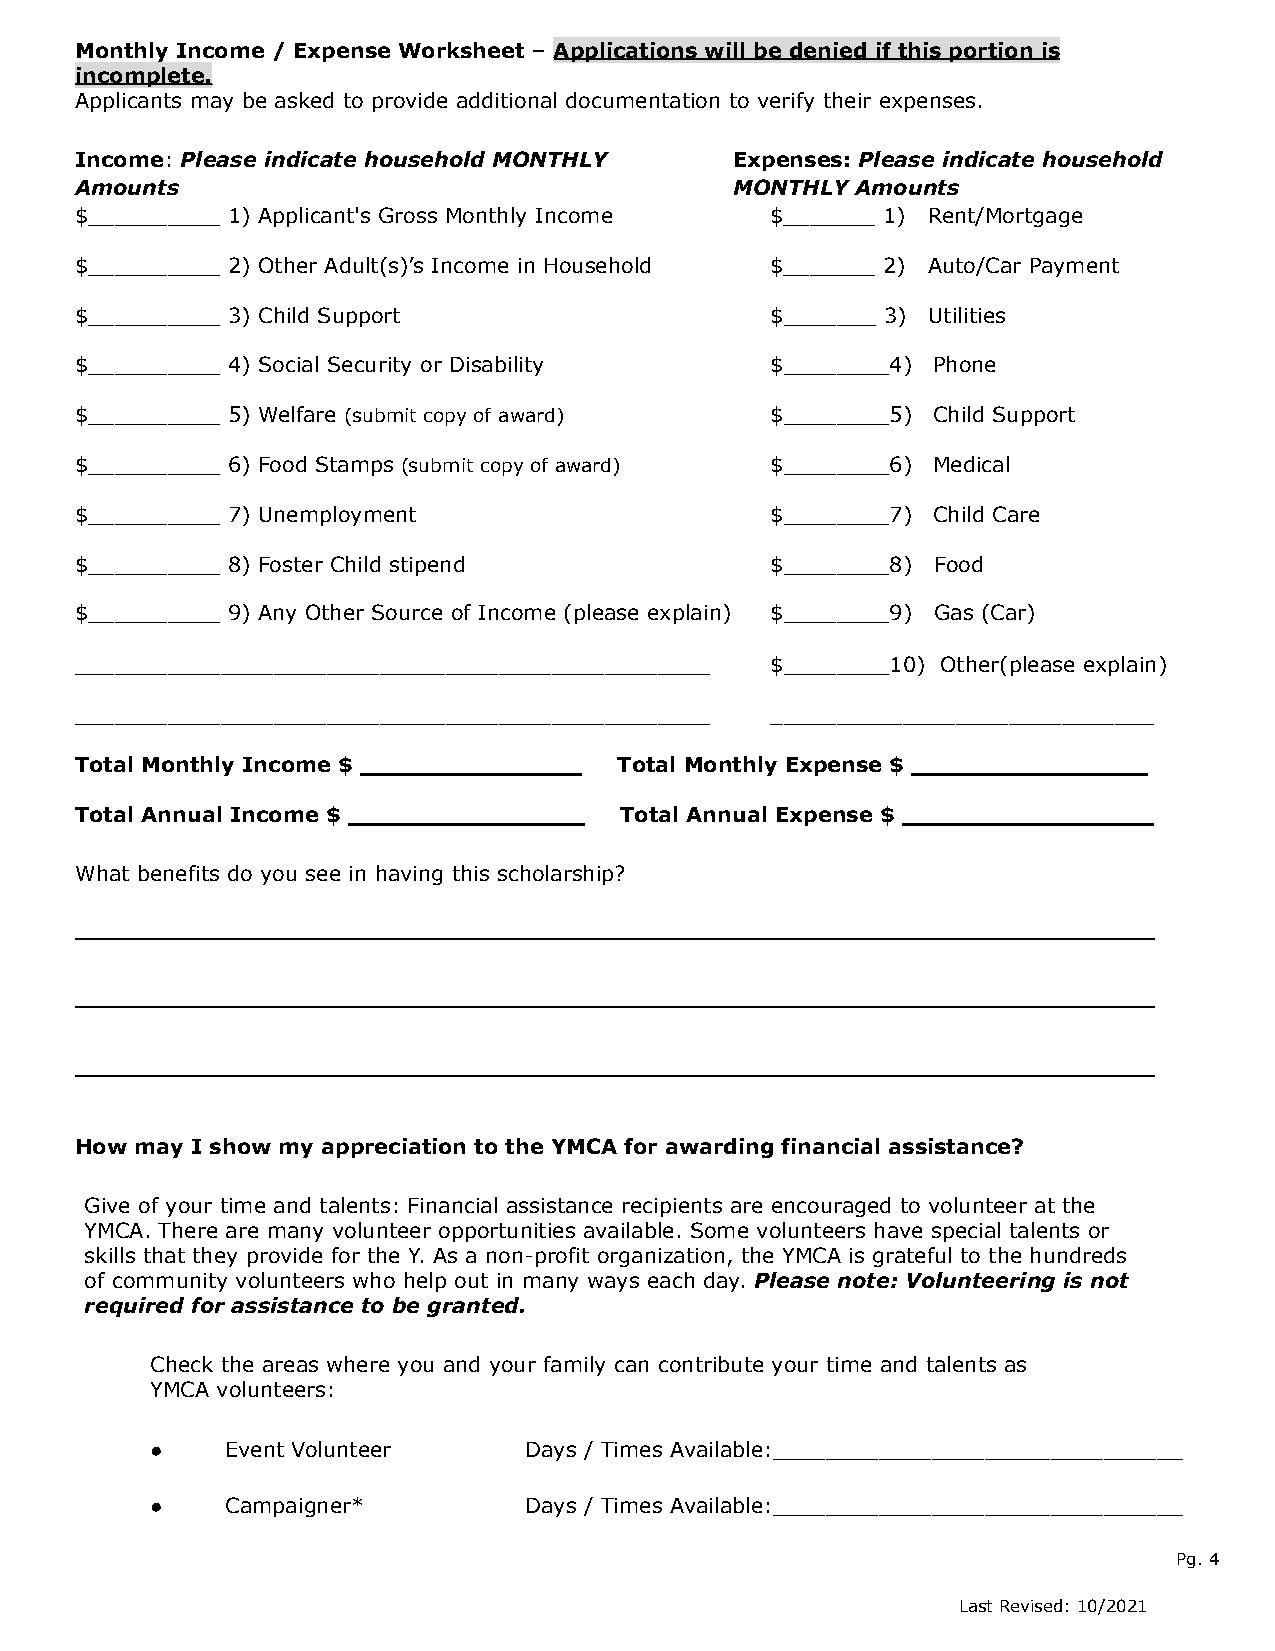
Monthly Income / Expense Worksheet – Applications will be denied if this portion is
 incomplete.
 Applicants may be asked to provide additional documentation to verify their expenses.
 Income: Please indicate household MONTHLY   Expenses: Please indicate household
 Amounts                                     MONTHLY Amounts
 $__________ 1) Applicant's Gross Monthly Income $_______ 1) Rent/Mortgage
 $__________ 2) Other Adult(s)’s Income in Household $_______ 2) Auto/Car Payment
 $__________ 3) Child Support                  $_______ 3) Utilities
 $__________ 4) Social Security or Disability  $________4) Phone
 $__________ 5) Welfare (submit copy of award) $________5) Child Support
 $__________ 6) Food Stamps (submit copy of award) $________6) Medical
 $__________ 7) Unemployment                   $________7) Child Care
 $__________ 8) Foster Child stipend           $________8) Food
 $__________ 9) Any Other Source of Income (please explain) $________9) Gas (Car)
 ________________________________________________ $________10) Other(please explain)
 ________________________________________________ _____________________________
 Total Monthly Income $ _______________ Total Monthly Expense $ ________________
 Total Annual Income $ ________________ Total Annual Expense $ _________________
 What benefits do you see in having this scholarship?
 ____________________________________________________________________
 ____________________________________________________________________
 ____________________________________________________________________
 How may I show my appreciation to the YMCA for awarding financial assistance?
 Give of your time and talents: Financial assistance recipients are encouraged to volunteer at the
 YMCA. There are many volunteer opportunities available. Some volunteers have special talents or
 skills that they provide for the Y. As a non-profit organization, the YMCA is grateful to the hundreds
 of community volunteers who help out in many ways each day. Please note: Volunteering is not
 required for assistance to be granted.
 Check the areas where you and your family can contribute your time and talents as
 YMCA volunteers:
 ●    Event Volunteer     Days / Times Available:_______________________________
 ●    Campaigner*         Days / Times Available:_______________________________
 Pg. 4
 Last Revised: 10/2021